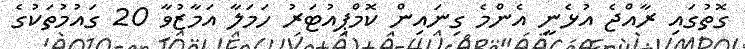
ގޮތުގައި ރާއްޖެ އުޅެނީ އެންމެ ގިނައިން ކޮމްޕިއުޓަރު ހަމަލާ އަމާޒުވާ 20 ގައުމުތަކުގެ